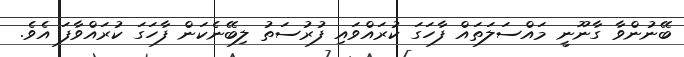
ބޭނުންވާ ގާނޫނީ މައްސަލަތައް ފާހަގަ ކުރައްވައި ފުރުސަތު ލިބޭނެކަން ފާހަގަ ކުރައްވާފަ އެވެ.